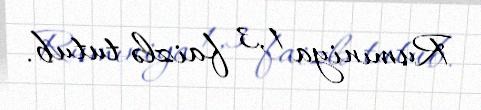
Rumıniya 1,3 faizlə tutub.